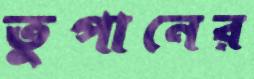
তুপানের